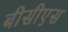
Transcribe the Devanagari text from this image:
बीसीएस